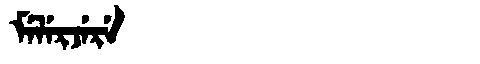
Manchu: ᠮᡝᠯᡝᡵᠵᡝᡵᡝ
Romanization: MELERJERE